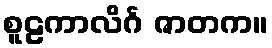
စူဠကာလိင်္ဂ ဇာတက။